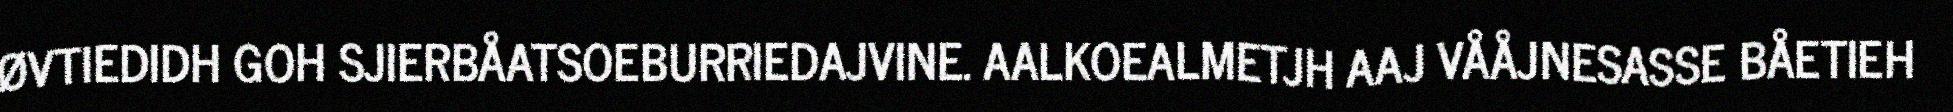
ØVTIEDIDH GOH SJIERBÅATSOEBURRIEDAJVINE. AALKOEALMETJH AAJ VÅÅJNESASSE BÅETIEH